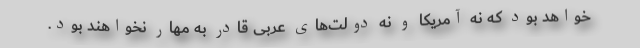
خواهد بود که نه آمریکا و نه دولت‌های عربی قادر به مهار نخواهند بود.